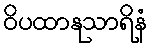
ဝိပထာနုသာရိနံ